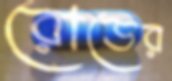
রোডের